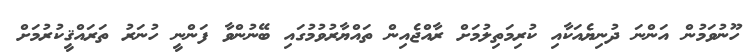
ހޫނުވަމުން އަންނަ ދުނިޔެއަކާއި ކުރިމަތިލުމަށް ރާއްޖެއިން ތައްޔާރުވުމުގައި ބޭނުންވާ ފަންނީ ހުނަރު ތަރައްޤީކުރުމަށް